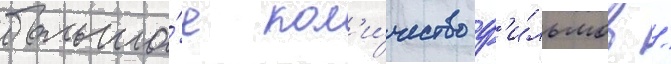
большо́е кол'и́чество ф'и́льмов /